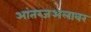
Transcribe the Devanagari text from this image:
आंतरजअलावर